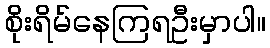
စိုးရိမ်နေကြရဦးမှာပါ။